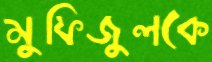
মুফিজুলকে